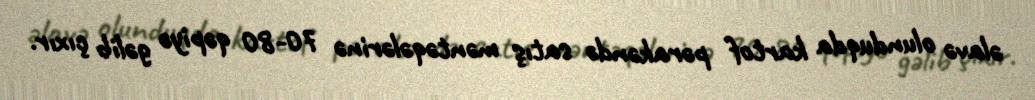
əlavə olunduqda kartof pərakəndə satış məntəqələrinə 70-80 qəpiyə gəlib çıxır.